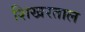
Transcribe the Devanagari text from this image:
शिखरताल